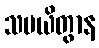
သမယိတွာန